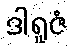
ဒါရူဇံ